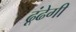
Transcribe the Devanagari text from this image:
ढूंढेगी